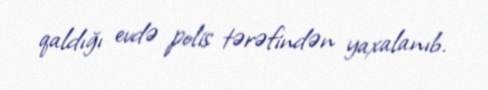
qaldığı evdə polis tərəfindən yaxalanıb.